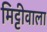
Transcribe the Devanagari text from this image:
मिट्टीवाला